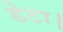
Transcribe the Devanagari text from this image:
डेटा।